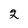
Character: 2